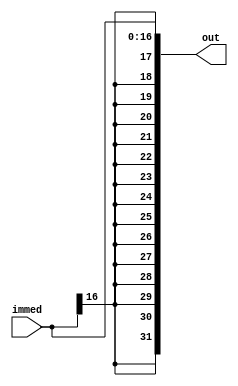
module signExtension(immed, out);
	input[16:0] immed;
	output[31:0] out;

	// First 17 bits
	genvar i;
	generate
		for(i = 0; i <= 16; i = i + 1) begin: for1
			and and1(out[i], immed[i], immed[i]);
		end
	endgenerate

	// Last 15 bits
	genvar j;
	generate
		for(j = 17; j <= 31; j = j + 1) begin: for2
			and and2(out[j], immed[16], immed[16]);
		end
	endgenerate
endmodule